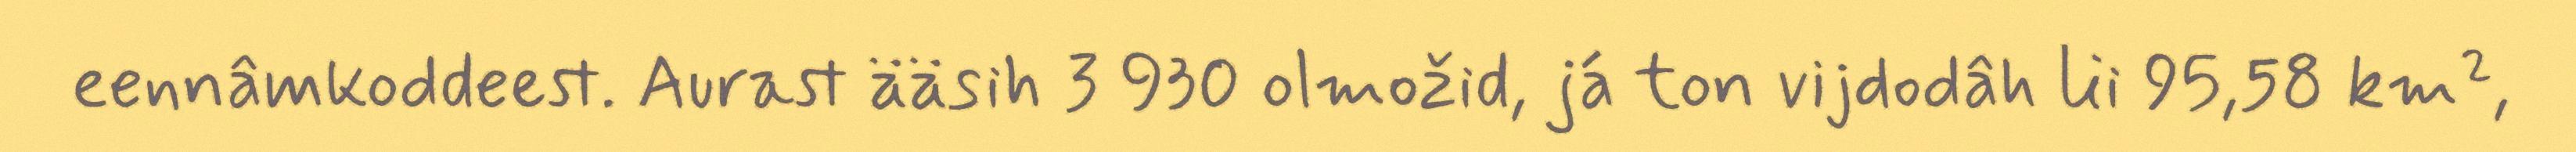
eennâmkoddeest. Aurast ääsih 3 930 olmožid, já ton vijdodâh lii 95,58 km²,